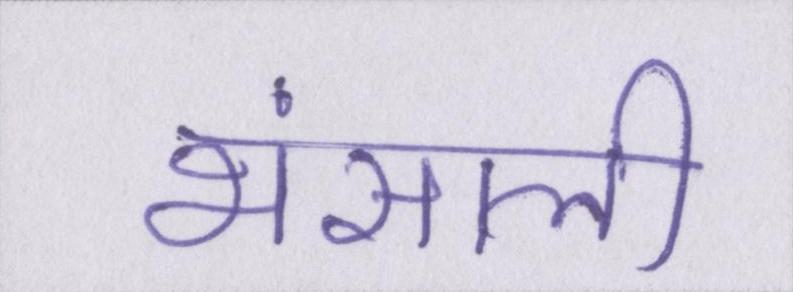
भंसाली